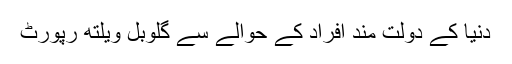
دنیا کے دولت مند افراد کے حوالے سے گلوبل ویلتھ رپورٹ